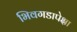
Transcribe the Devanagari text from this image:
भिवगडापेक्षा